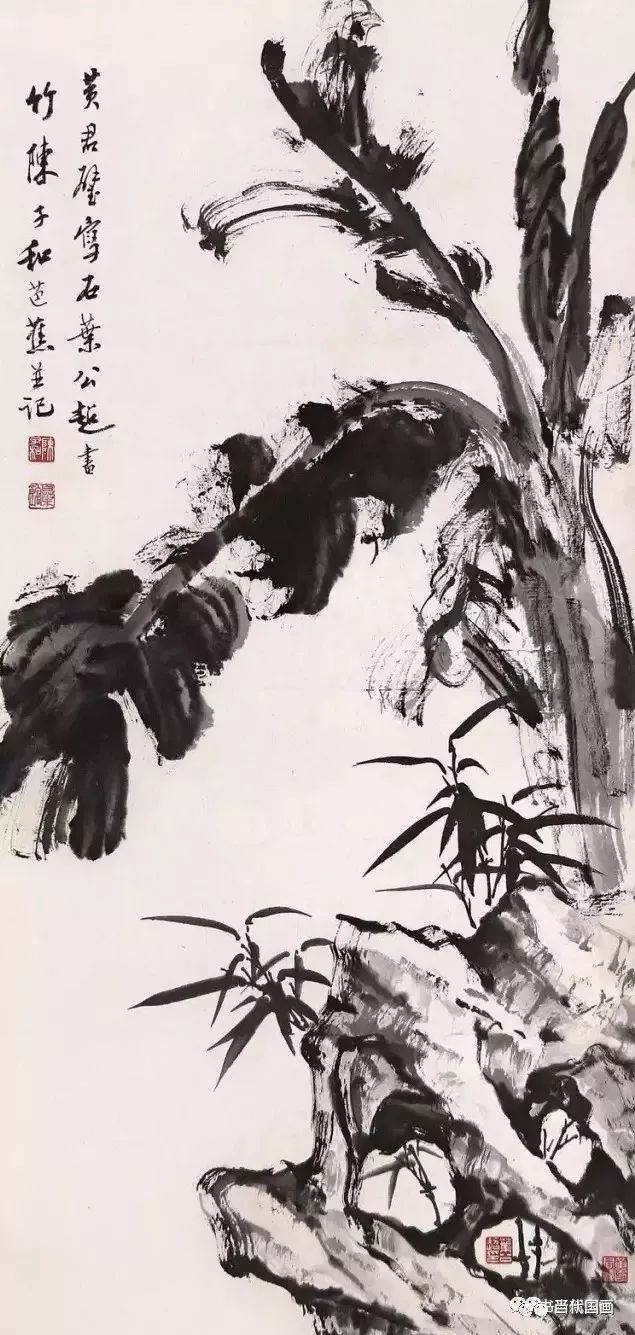
无父无君，是禽兽也。